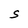
Character: S